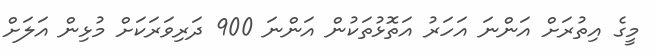
މީގެ އިތުރަށް އަންނަ އަހަރު އަތޮޅުތަކުން އަންނަ 900 ދަރިވަރަކަށް މުޅިން އަލަށް